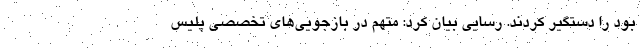
بود را دستگیر کردند. رسایی بیان کرد: متهم در بازجویی‌های تخصصی پلیس